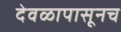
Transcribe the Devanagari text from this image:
देवळापासूनच